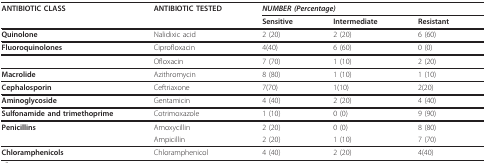
<table><thead><tr><td><b>ANTIBIOTIC CLASS</b></td><td><b>ANTIBIOTIC TESTED</b></td><td colspan="3"><b><i>NUMBER (Percentage)</i></b></td></tr><tr><td></td><td></td><td><b>Sensitive</b></td><td><b>Intermediate</b></td><td><b>Resistant</b></td></tr></thead><tbody><tr><td><b>Quinolone</b></td><td>Nalidixic acid</td><td>2 (20)</td><td>2 (20)</td><td>6 (60)</td></tr><tr><td><b>Fluoroquinolones</b></td><td>Ciprofloxacin</td><td>4(40)</td><td>6 (60)</td><td>0 (0)</td></tr><tr><td></td><td>Ofloxacin</td><td>7 (70)</td><td>1 (10)</td><td>2 (20)</td></tr><tr><td><b>Macrolide</b></td><td>Azithromycin</td><td>8 (80)</td><td>1 (10)</td><td>1 (10)</td></tr><tr><td><b>Cephalosporin</b></td><td>Ceftriaxone</td><td>7(70)</td><td>1(10)</td><td>2(20)</td></tr><tr><td><b>Aminoglycoside</b></td><td>Gentamicin</td><td>4 (40)</td><td>2 (20)</td><td>4 (40)</td></tr><tr><td><b>Sulfonamide and trimethoprime</b></td><td>Cotrimoxazole</td><td>1 (10)</td><td>0 (0)</td><td>9 (90)</td></tr><tr><td><b>Penicillins</b></td><td>Amoxycillin</td><td>2 (20)</td><td>0 (0)</td><td>8 (80)</td></tr><tr><td></td><td>Ampicillin</td><td>2 (20)</td><td>1 (10)</td><td>7 (70)</td></tr><tr><td><b>Chloramphenicols</b></td><td>Chloramphenicol</td><td>4 (40)</td><td>2 (20)</td><td>4(40)</td></tr></tbody></table>